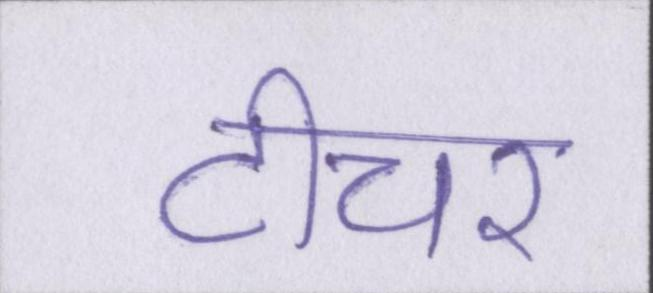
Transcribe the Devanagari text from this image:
टीचर